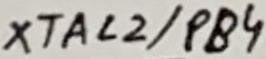
Text: XTAL2/PB4